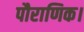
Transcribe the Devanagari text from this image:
पौराणिक।